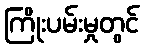
ကြိုးပမ်းမှုတွင်